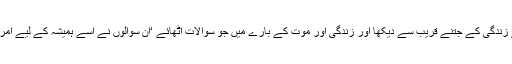
اس نے زندگی کے جتنے قریب سے دیکھا اور زندگی اور موت کے بارے میں جو سوالات اٹھائے ‘ان سوالوں نے اسے ہمیشہ کے لیے امر کردیا۔